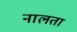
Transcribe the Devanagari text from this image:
नालता